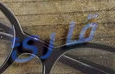
قارئ